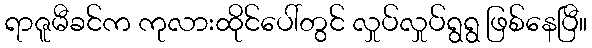
ရာဇူမီခင်က ကုလားထိုင်ပေါ်တွင် လှုပ်လှုပ်ရွရွ ဖြစ်နေပြီ။